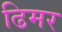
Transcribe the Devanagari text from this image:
ढिमर